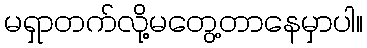
မရှာတက်လို့မတွေ့တာနေမှာပါ။